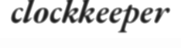
clockkeeper